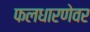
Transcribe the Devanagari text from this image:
फलधारणेवर